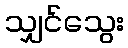
သျှင်သွေး